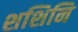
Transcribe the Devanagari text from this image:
शशिनि